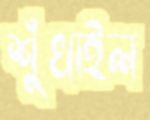
শুঁখাইল